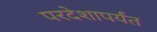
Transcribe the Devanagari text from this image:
परदेशापर्यंत